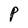
Character: P